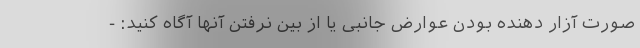
صورت آزار دهنده بودن عوارض جانبی یا از بین نرفتن آنها آگاه کنید: -